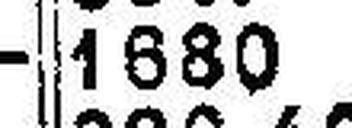
1680